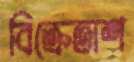
বিক্রেতাশ